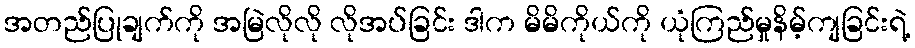
အတည်ပြုချက်ကို အမြဲလိုလို လိုအပ်ခြင်း ဒါက မိမိကိုယ်ကို ယုံကြည်မှုနိမ့်ကျခြင်းရဲ့